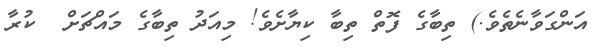
އަންގަވާނެތެވެ.) ތިބާގެ ފޮތް ތިބާ ކިޔާށެވެ! މިއަދު ތިބާގެ މައްޗަށް  ކުރާ